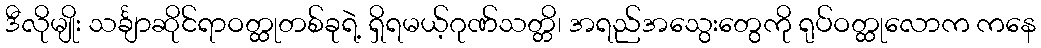
ဒီလိုမျိုး သင်္ချာဆိုင်ရာဝတ္ထုတစ်ခုရဲ့ ရှိရမယ့်ဂုဏ်သတ္တိ၊ အရည်အသွေးတွေကို ရုပ်ဝတ္ထုလောက ကနေ